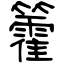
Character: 籗